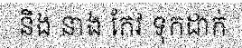
និង នាង កែវ ទុកដាក់